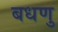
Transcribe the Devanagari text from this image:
बधणु